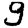
Digit: 9